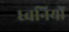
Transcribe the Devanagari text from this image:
ध्‍वनियों